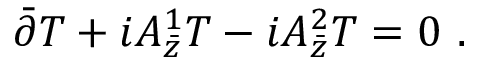
\bar { \partial } T + i A _ { \bar { z } } ^ { 1 } T - i A _ { \bar { z } } ^ { 2 } T = 0 \ .